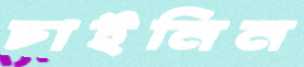
চাইনিন